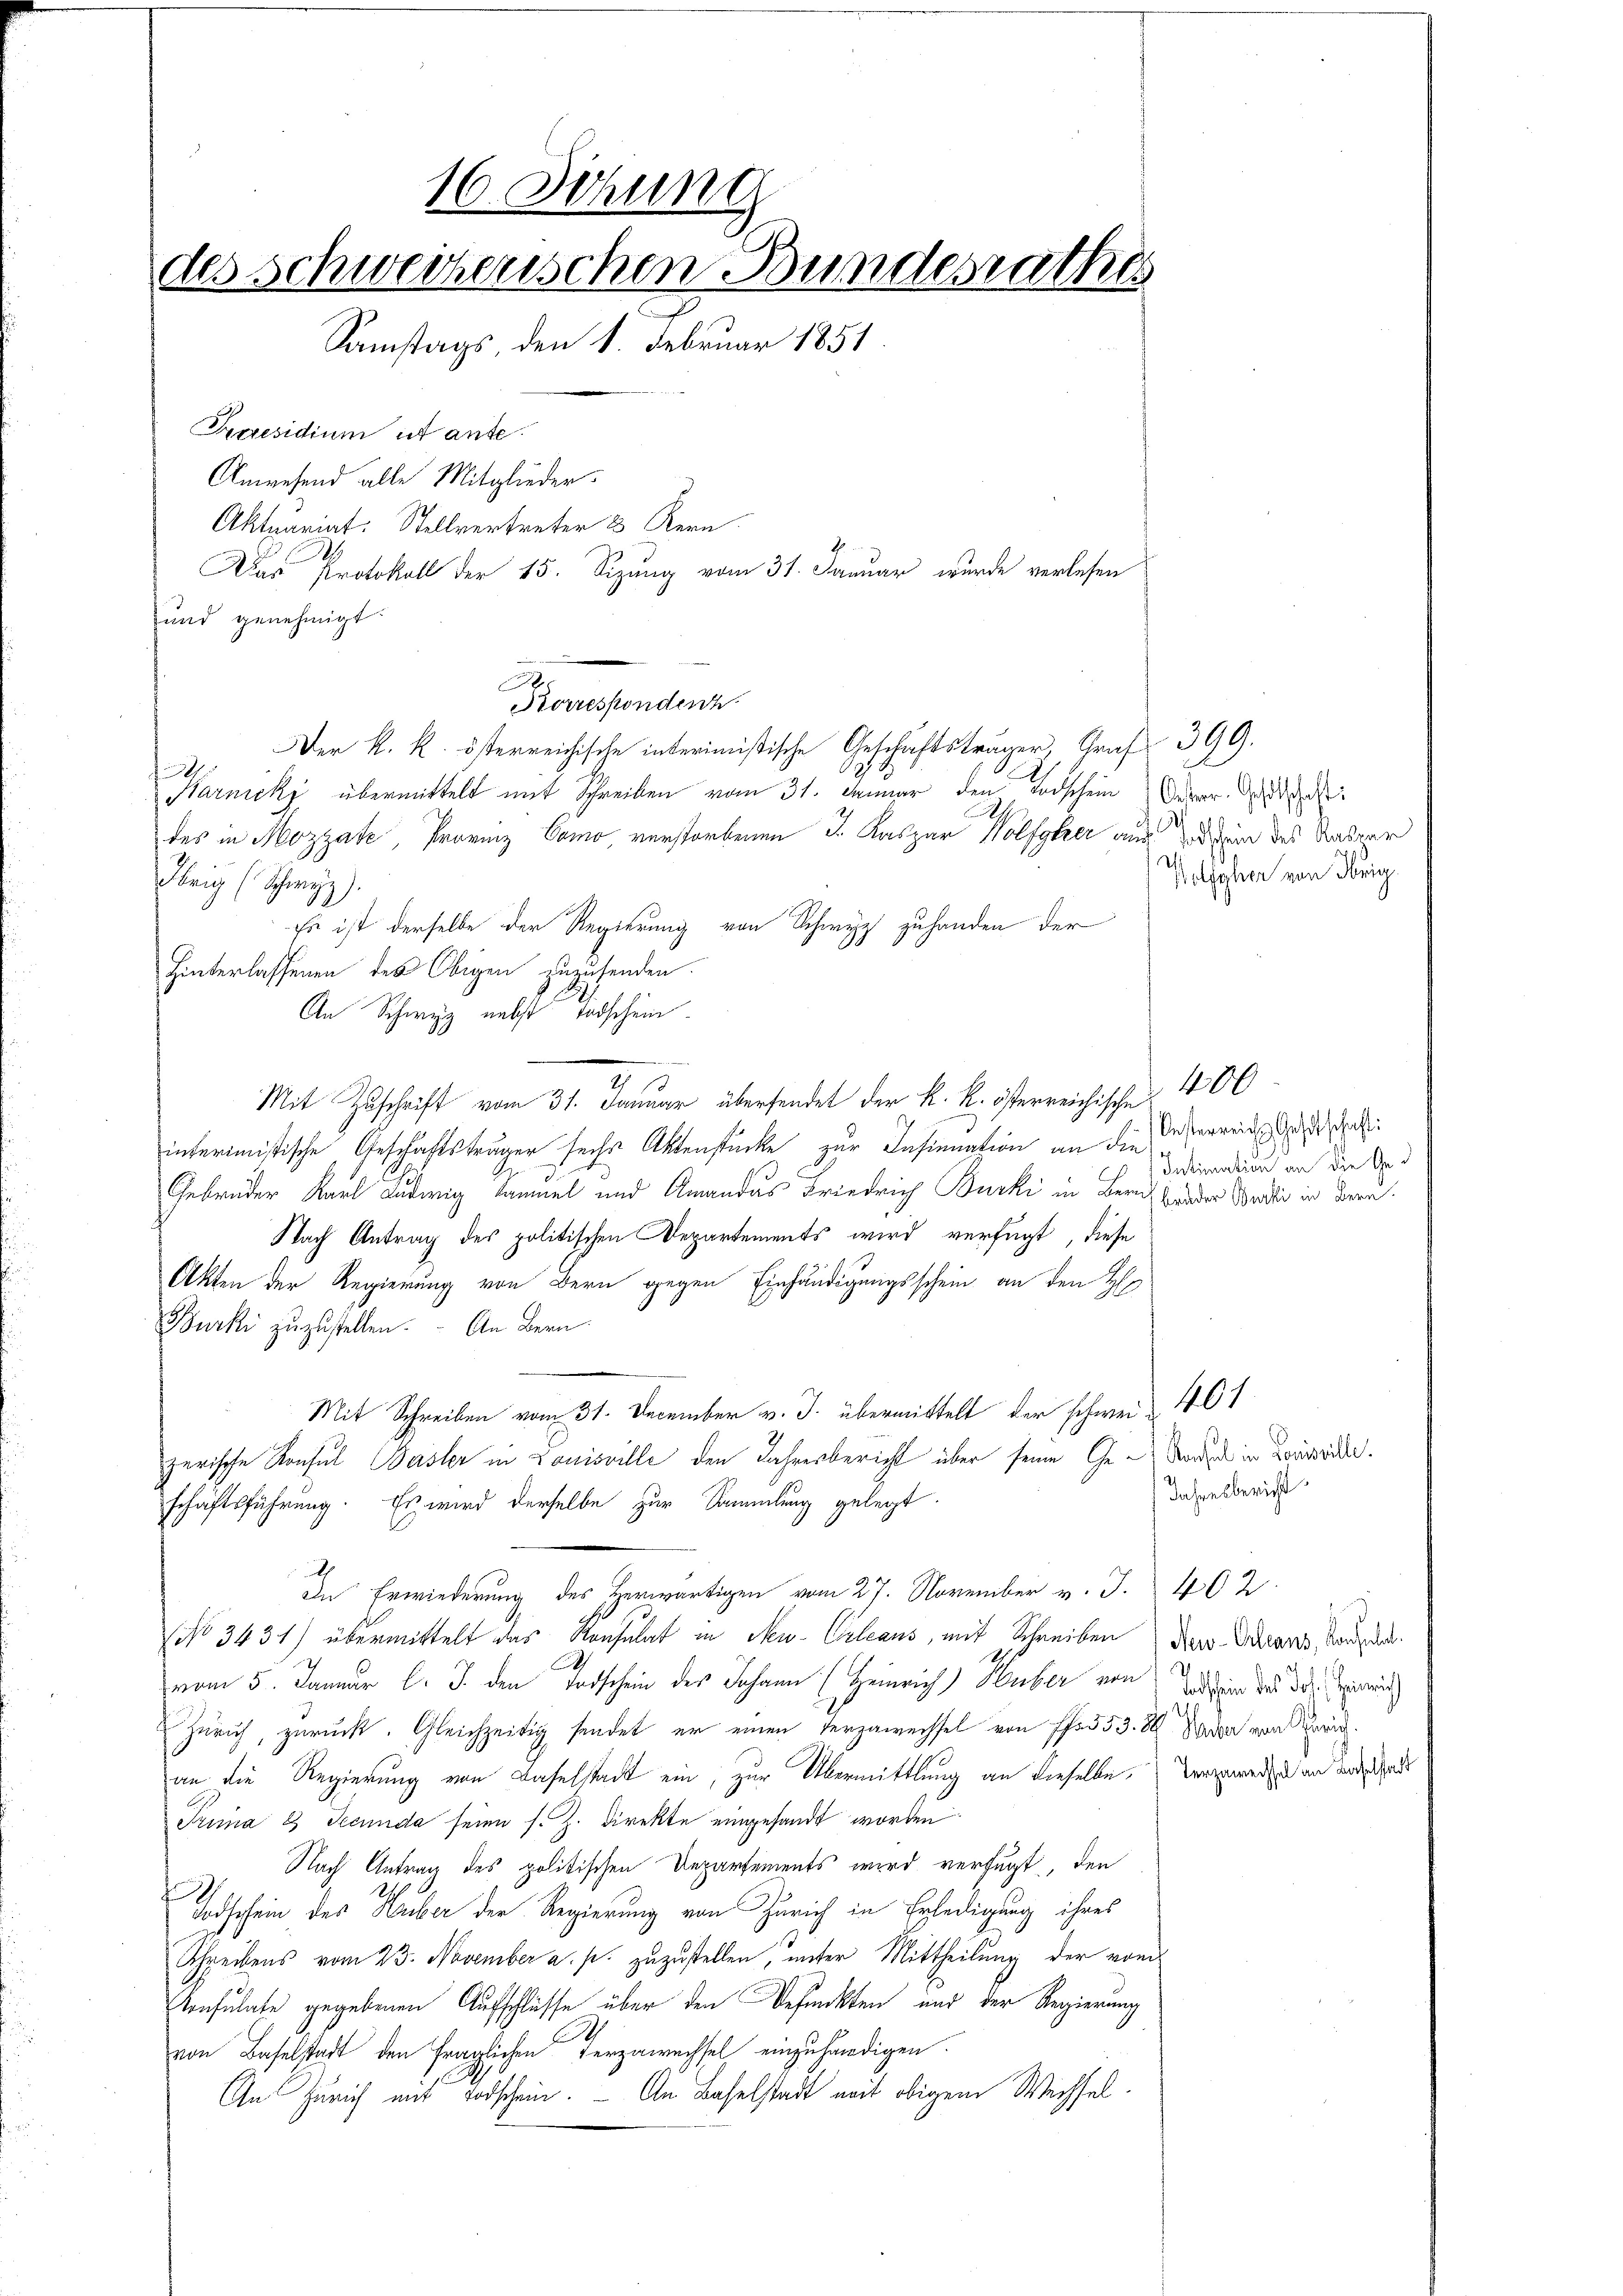
16. Sitzung
des Schweizerischen Bundesrathes
Samstags, den 1. Februar 1851.
Praesidium ut ante.
Anwesend alle Mitglieder.
Aktuariat. Stellvertreter 3 Kern

Dur Protokoll der 15. Sizung vom 31. Januar wurde verlesen
und genehmigt.
Pronesenden
Der k. k. österreichische interimißische Geschäftsträger Graf 399.
f
Harnicky übermittelt mit Schreiben vom 31. Januar den Todschein Oper, da
des in Mozzate Provinz Como, verstorbenen I. Kaspar Wolfgker aus darin des Vater
Obrig (Schwyz).
Es ist derselbe der Regierung von Schwyz zuhanden der
Hinterlassenen des Obigen zuzusenden.
An Schwyz nebst Todschein
Mit Zuschrift vom 31. Januar übersendet der k. k. österreichische 400
interimistische Geschäftsträger sechs Aktenstücke zur Insinuation an die Insereits dahi
Gebrüder Karl Ludwig kammel und Amandas Friedrich Burki in Bern beeder Balli in dere
Nach Antrag des politischen Departements wird verfügt, diese
Akten der Regierung von Bern gegen Einhändigungsschein an den H
Burki zuzustellen. An Bern
Mit Schreiben vom 31. December v. J. übermittelt der schwei- 461
zerische Konsul Basler in Louisville den Jahresbericht über seine Geworden in Landb.
schäftsführung. Es wird derselbe zur Sammlung gelegt.
2
In Erwiederung des Herwärtigen vom 27. November v. J. 402
No 3431) übermittelt das Konsulat in Neu-Orleans, mit Schreiben der Stand, worden
vom 5. Januar l. J. den Todschein der Johann (Heinrich) Huber von Sitten des 30.
 Zürich, zurück. Gleichzeitig sindet er einen Verzawechsel von ff. 553. 86 Sara von Beric
an die Regierung von Baselstadt ein, zur Übermittlung an dieselbe Verzerede an Todschad
Prima 2 Secunda seien s. Z. Direkte eingesandt worden
Nach Antrag des politischen Departements wird verfügt, den
Todschein des Hueber der Regierung von Zürich in Erledigung ihres
Schreibens vom 23. November a. p. zuzustellen, unter Mittheilung der von
Konsulate gegebenen Aufschlüsse über den Befunkten und der Regierung
von Baselstadt den fraglichen Terzawechsel einzuhändigen.
An Zürich mit Todschein. — An Baselstadt mit obigem Wechsel¬

Ih
Wolfsher von Obrig

Intimation an die Ge¬

Jahresbericht